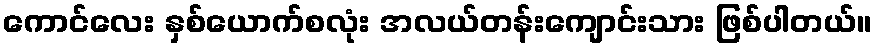
ကောင်လေး နှစ်ယောက်စလုံး အလယ်တန်းကျောင်းသား ဖြစ်ပါတယ်။